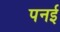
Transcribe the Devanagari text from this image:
पनई